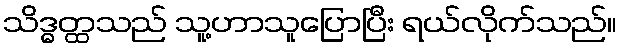
သိဒ္ဓတ္ထသည် သူ့ဟာသူပြောပြီး ရယ်လိုက်သည်။